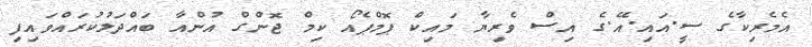
އެމެރިކާގެ ސީ.އައި.އޭ.ގެ އިސް ވެރިޔާ މައިކް ޕޮމްޕެއޯ ކިމް ޖޮންގް އުންއާ ބައްދަލުކުރައްވައިފި